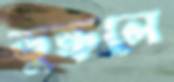
ডুক্‌রলে